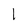
Character: 1